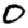
Digit: 0